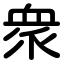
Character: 衆